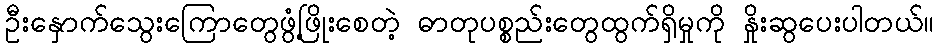
ဦးနှောက်သွေးကြောတွေဖွံ့ဖြိုးစေတဲ့ ဓာတုပစ္စည်းတွေထွက်ရှိမှုကို နှိုးဆွပေးပါတယ်။